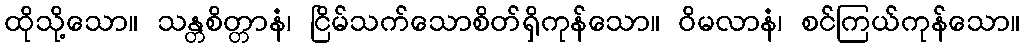
ထိုသို့သော။ သန္တစိတ္တာနံ၊ ငြိမ်သက်သောစိတ်ရှိကုန်သော။ ဝိမလာနံ၊ စင်ကြယ်ကုန်သော။